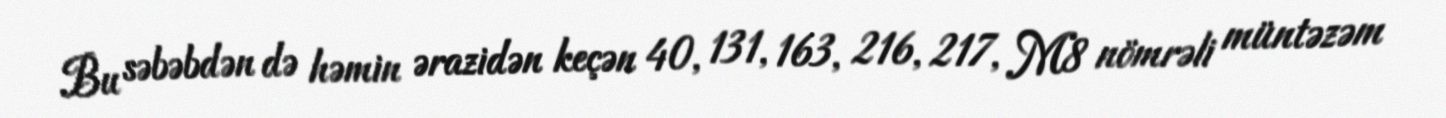
Bu səbəbdən də həmin ərazidən keçən 40, 131, 163, 216, 217, M8 nömrəli müntəzəm